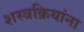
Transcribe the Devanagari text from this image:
शस्त्रक्रियांना